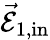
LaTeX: \vec{\mathcal{E}}_{1,\mathrm{{in}}}